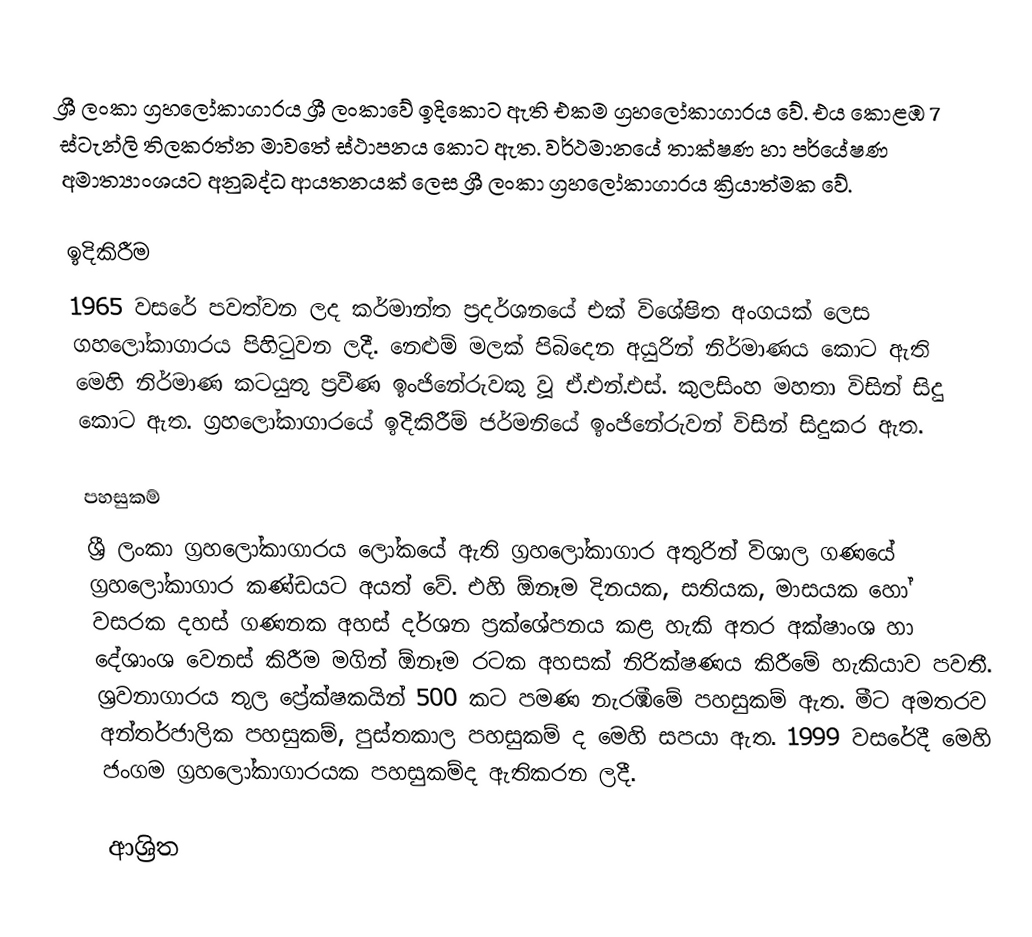
ශ්‍රී ලංකා ග්‍රහලෝකාගාරය ශ්‍රී ලංකාවේ ඉදිකොට ඇති එකම ග්‍රහලෝකාගාරය වේ. එය කොළඹ 7 ස්ටැන්ලි තිලකරත්න මාවතේ ස්ථාපනය කොට ඇත. වර්ථමානයේ තාක්ෂණ හා පර්යේෂණ අමාත්‍යාංශයට අනුබද්ධ ආයතනයක් ලෙස ශ්‍රී ලංකා ග්‍රහලෝකාගාරය ක්‍රියාත්මක වේ.

ඉදිකිරීම
1965 වසරේ පවත්වන ලද කර්මාන්ත ප්‍රදර්ශනයේ එක් විශේෂිත අංගයක් ලෙස ගහලෝකාගාරය පිහිටුවන ලදී. නෙළුම් මලක් පිබිදෙන අයුරින් නිර්මාණය කොට ඇති මෙහි නිර්මාණ කටයුතු ප්‍රවීණ ඉංජිනේරුවකු වූ ඒ.එන්.එස්. කුලසිංහ මහතා විසින් සිදු කොට ඇත. ග්‍රහලෝකාගාරයේ ඉදිකිරීම් ජර්මනියේ ඉංජිනේරුවන් විසින් සිදුකර ඇත.

පහසුකම්
ශ්‍රී ලංකා ග්‍රහලෝකාගාරය ලෝකයේ ඇති ග්‍රහලෝකාගාර අතුරින් විශාල ගණයේ ග්‍රහලෝකාගාර කණ්ඩයට අයත් වේ. එහි ඕනෑම දිනයක, සතියක, මාසයක හෝ වසරක දහස් ගණනක අහස් දර්ශන ප්‍රක්ශේපනය කළ හැකි අතර අක්ෂාංශ හා දේශාංශ වෙනස් කිරීම මගින් ඕනෑම රටක අහසක් නිරික්ෂණය කිරීමේ හැකියාව පවතී. ශ්‍රවනාගාරය තුල ප්‍රේක්ෂකයින් 500 කට පමණ නැරඹීමේ පහසුකම් ඇත. මීට අමතරව අන්තර්ජාලික පහසුකම්, පුස්තකාල පහසුකම් ද මෙහි සපයා ඇත. 1999 වසරේදී මෙහි ජංගම ග්‍රහලෝකාගාරයක පහසුකම්ද ඇතිකරන ලදී.

ආශ්‍රිත